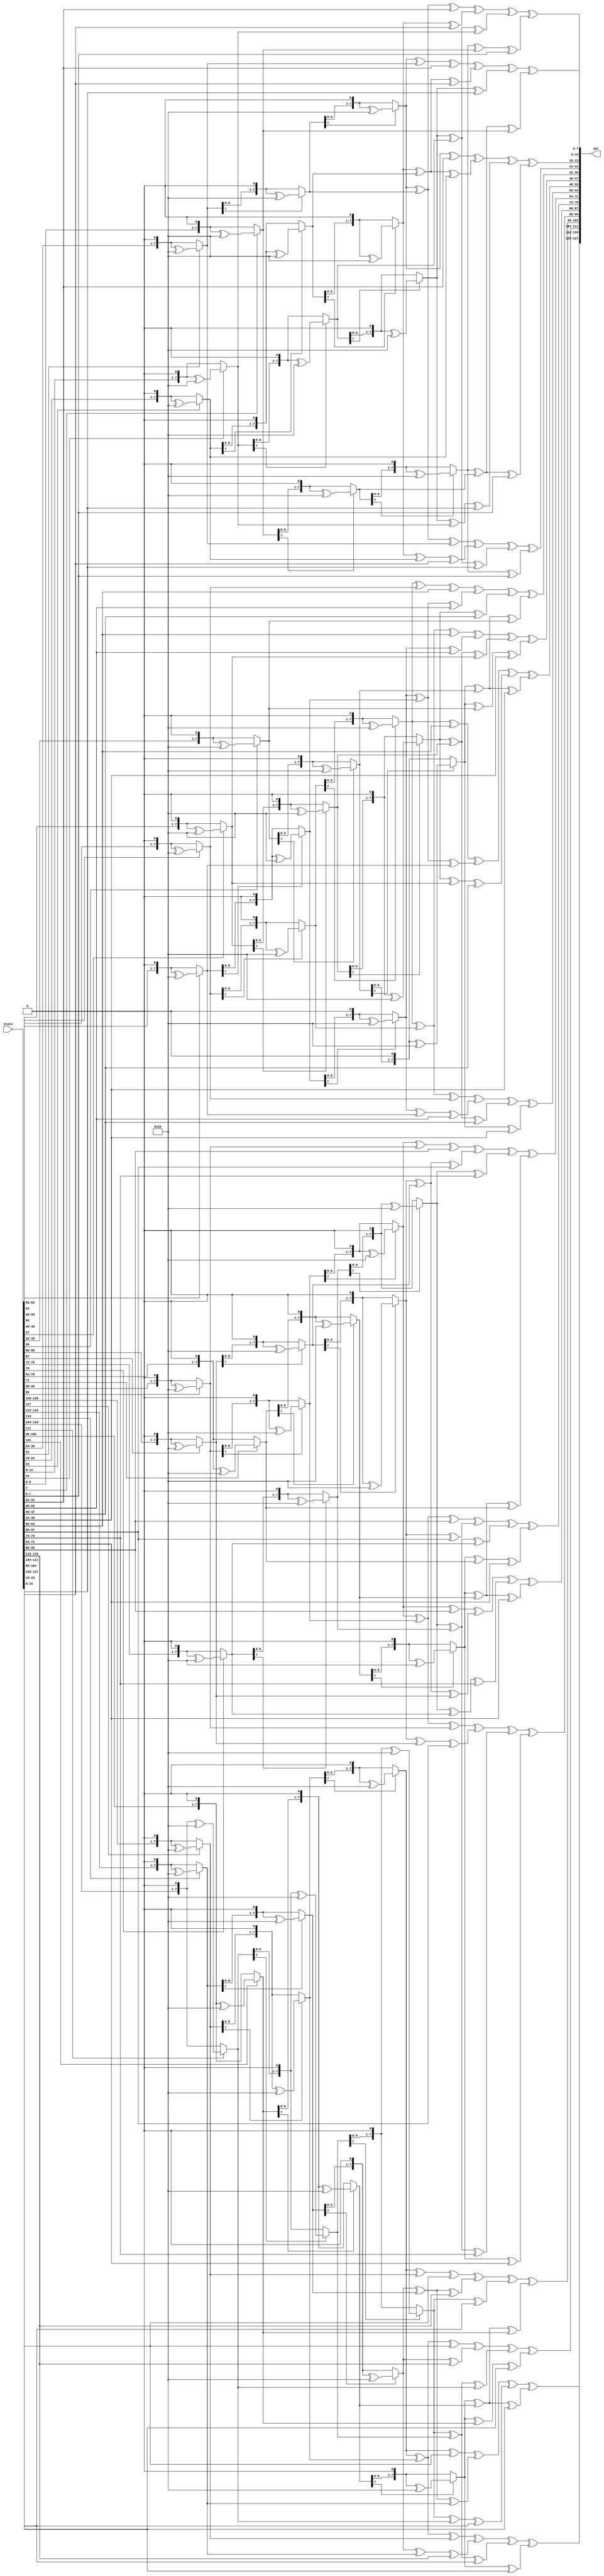
module InvMixColumns(input wire [127:0] state, output reg [127:0] out);


	//mult by 2
	function [7:0] mb2;
		input [7:0] a, n;
		reg [7:0] j;
		begin
			for(j = 0; j < n; j = j + 1)
				a = a[7] == 1? (a << 1) ^ 8'b00011011 : a << 1 ;
			mb2 = a;
		end
	endfunction
	


	//mult by e => 14
	function [7:0] mb0e;
		input [7:0] a;
		mb0e = mb2(a,3) ^ mb2(a,2) ^ mb2(a,1);
	endfunction


    //mult by b => 11
	function [7:0] mb0b;
		input [7:0] a;
		mb0b = mb2(a,3) ^ mb2(a,1) ^ a;
	endfunction


    //mult by d => 13 
	function [7:0] mb0d;
		input [7:0] a;
		mb0d = mb2(a,3) ^ mb2(a,2) ^ a;
	endfunction

	//mult by 9
	function [7:0] mb09;
		input [7:0] a;
		mb09 = mb2(a,3) ^ a;
	endfunction


	reg [7:0] i;
	always @(*) begin
		for(i = 0; i < 4; i = i + 1) begin
			out[(i*32 + 24)+:8] = mb0e(state[(i*32 + 24)+:8]) ^ mb0b(state[(i*32 + 16)+:8]) ^ mb0d(state[(i*32 + 8)+:8]) ^ mb09(state[i*32+:8]);
			out[(i*32 + 16)+:8] = mb09(state[(i*32 + 24)+:8]) ^ mb0e(state[(i*32 + 16)+:8]) ^ mb0b(state[(i*32 + 8)+:8]) ^ mb0d(state[i*32+:8]);
			out[(i*32 + 8)+:8] = mb0d(state[(i*32 + 24)+:8]) ^ mb09(state[(i*32 + 16)+:8]) ^ mb0e(state[(i*32 + 8)+:8]) ^ mb0b(state[i*32+:8]);
   			out[i*32+:8] = mb0b(state[(i*32 + 24)+:8]) ^ mb0d(state[(i*32 + 16)+:8]) ^ mb09(state[(i*32 + 8)+:8]) ^ mb0e(state[i*32+:8]);
		end
	end


endmodule